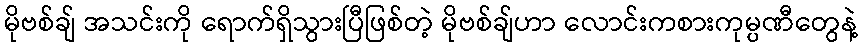
မိုဗစ်ချ် အသင်းကို ရောက်ရှိသွားပြီဖြစ်တဲ့ မိုဗစ်ချ်ဟာ လောင်းကစားကုမ္ပဏီတွေနဲ့